Training of Teachers. Junior Students, 1909
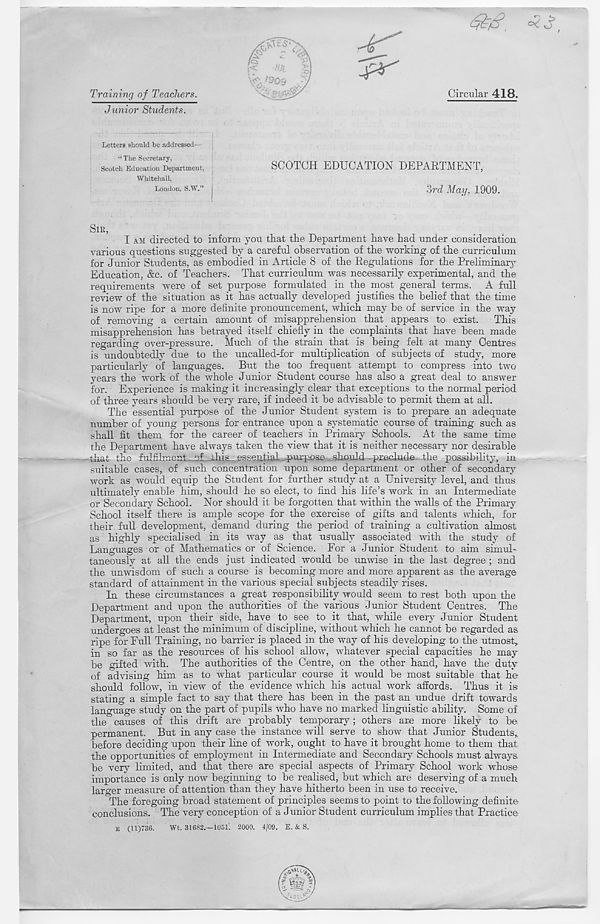
Training of Teachers.
Circular 418.
Junior Students.
Letters should be addressed—
“ The Secretary,
Scotch Education Department,
Whitehall,
London, S.W.”
SCOTCH EDUCATION DEPARTMENT,
3rd May. 1909.
Sm,
I AM directed to inform yon that the Department have had under consideration
various questions suggested by a careful observation of the working of the curriculum
for Junior Students, as embodied in Article 8 of the Regulations for the Preliminary
Education, &c. of Teachers. That curriculum was necessarily experimental, and the
requirements were of set purpose formulated in the most general terms. A full
review of the situation as it has actually developed justifies the belief that the time
is now ripe for a more definite pronouncement, which may be of service in the way
of removing a certain amount of misapprehension that appears to exist. This
misapprehension has betrayed itself chiefly in the complaints that have been made
regarding over-pressure. Much of the strain that is being felt at many Centres
is undoubtedly due to the uncalled-for multiplication of subjects of study, more
particularly of languages. But the too frequent attempt to compress into two
years the work of the whole Junior Student course has also a great deal to answer
for. Experience is making it increasingly clear that exceptions to the normal period
of three years should be very rare, if indeed it be advisable to permit them at all.
The essential purpose of the Junior Student system is to prepare an adequate
number of young persons for entrance upon a systematic course of training such as
shall fit them for the career of teachers in Primary Schools. At the same time
the Department have always taken the view that it is neither necessary nor desirable
that the fulfilment , of This essential purpo&e should preclude the possibility, in
suitable cases, of such concentration upon some department or other of secondary
work as would equip the Student for further study at a University level, and thus
ultimately enable him, should he so elect, to find his life’s work in an Intermediate
or Secondary School. Nor should it be forgotten that Avithin the Avails of the Primary
School itself there is ample scope for the exercise of gifts and talents which, for
their full development, demand during the period of training a cultivation almost
as highly specialised in its way as that usually associated with the study of
Languages or of Mathematics or of Science. For a Junior Student to aim simul-
taneously at all the ends just indicated would be umvise in the last degree ; and
the unwisdom of such a course is becoming more and more apparent as the average
standard of attainment in the various special subjects steadily rises.
In these circumstances a great responsibility would seem to rest both upon the
Department and upon the authorities of the various Junior Student Centres. The
Department, upon their side, have to see to it that, vrhile every Junior Student
undergoes at least the minimum of discipline, without which he cannot be regarded as
ripe for Full Training, no barrier is placed in the way of his developing to the utmost,,
in so far as the resources of his school alloAv, whatever special capacities he may
be gifted with. The authorities of the Centre, on the other hand, have the duty
of advising him as to what particular course it would be most suitable that he
should follow, in view of the evidence AA'hich his actual work affords. Thus it is
stating a simple fact to say that there has been in the past an undue drift towards
language study on the part of pupils Avho have no marked linguistic ability. Some of
the causes of this drift are probably temporary; others are more likely to be
permanent. But in any case the instance Avill serve to show that Junior Students,,
before deciding upon their line of work, ought to have it brought home to them that
the opportunities of employment in Intermediate and Secondary Schools must always,
be very limited, and that there are special aspects of Primary School work whose
importance is only now beginning to be realised, but which are deserving of a much
larger measure of attention than they have hitherto been in use to receive.
The foregoing broad statement of principles seems to point to the following definite-
conclusions. The very conception of a Junior Student curriculum implies that Practice-
E (11)736.
Wt. 31682.—1051. 2000. 4/09. E. & S.